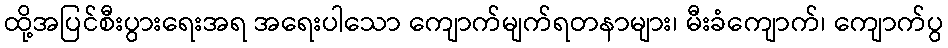
ထို့အပြင်စီးပွားရေးအရ အရေးပါသော ကျောက်မျက်ရတနာများ၊ မီးခံကျောက်၊ ကျောက်ပွ